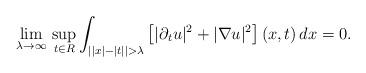
LaTeX: \begin{align*}\lim_{\lambda\to\infty}\,\sup_{t\in R}\int_{\left||x|-|t|\right|>\lambda}\left[|\partial_tu|^2+|\nabla u|^2\right](x,t)\,dx=0.\end{align*}